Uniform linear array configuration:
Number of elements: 12
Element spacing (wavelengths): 0.75
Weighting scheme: cosine
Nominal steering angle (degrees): -60
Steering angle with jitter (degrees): -59.241
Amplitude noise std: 0.05
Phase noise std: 0.05

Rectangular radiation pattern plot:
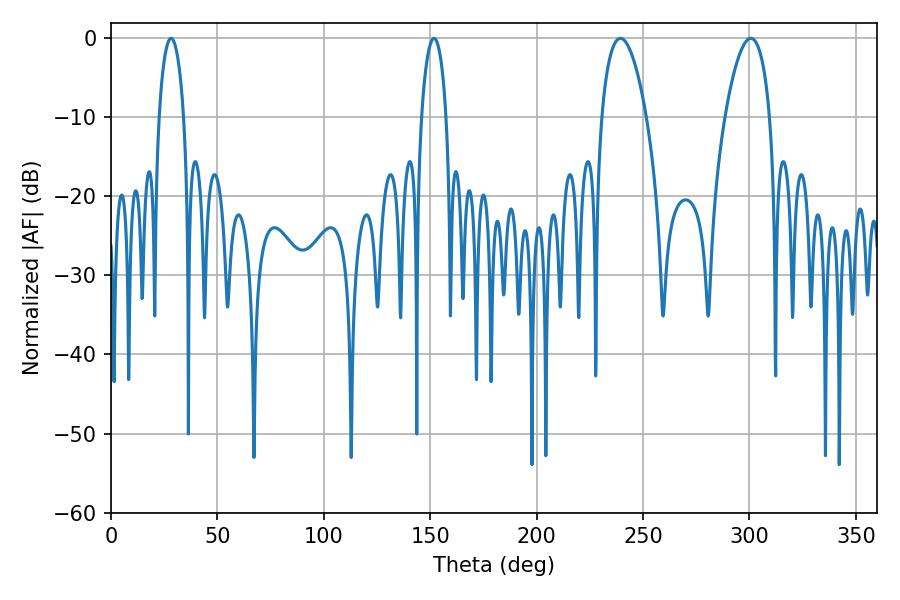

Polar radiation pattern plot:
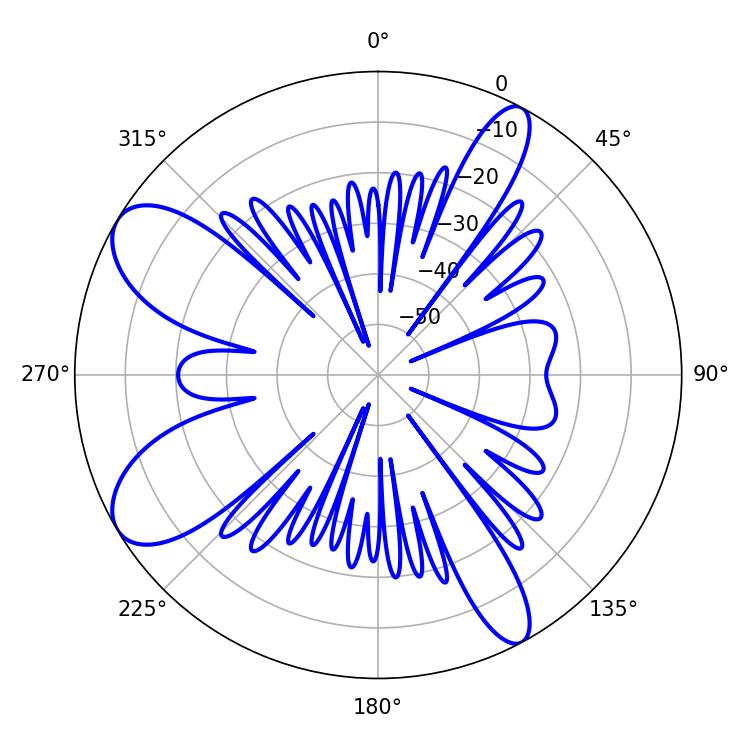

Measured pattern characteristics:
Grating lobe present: TRUE
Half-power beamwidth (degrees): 11.88
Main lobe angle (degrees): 239.4